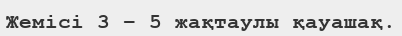
Жемісі 3 – 5 жақтаулы қауашақ.